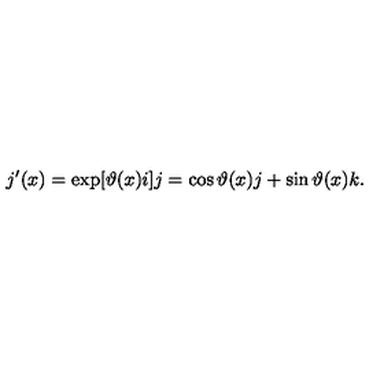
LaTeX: j ^ { \prime } ( x ) = \exp [ \vartheta ( x ) i ] j = \cos \vartheta ( x ) j + \sin \vartheta ( x ) k .